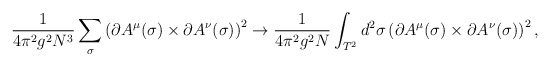
\begin{align*}\frac{1}{4\pi^2g^2N^3}\sum_\sigma \left(\partial A^\mu(\sigma)\times\partial A^\nu(\sigma)\right)^2 \rightarrow \frac{1}{4\pi^2g^2N}\int_{T^2}d^2\sigma \left(\partial A^\mu(\sigma)\times\partial A^\nu(\sigma)\right)^2,\end{align*}